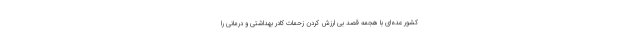
کشور عده‌ای با هجمه قصد بی ارزش کردن زحمات کادر بهداشتی و درمانی را